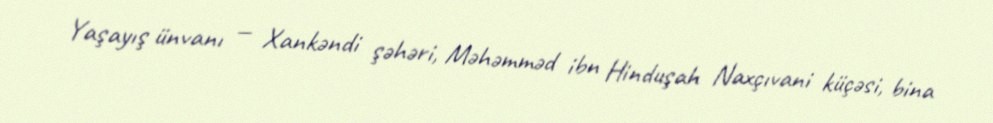
Yaşayış ünvanı — Xankəndi şəhəri, Məhəmməd ibn Hinduşah Naxçıvani küçəsi, bina